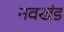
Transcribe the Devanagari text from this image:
नवखंड